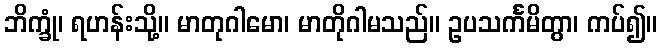
ဘိက္ခုံ၊ ရဟန်းသို့။ မာတုဂါမော၊ မာတိုဂါမသည်။ ဥပသင်္ကမိတွာ၊ ကပ်၍။